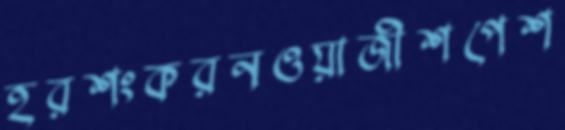
হরশংকরনওয়াজীশপেশ